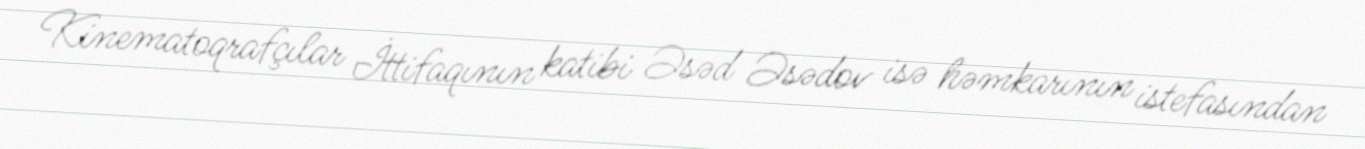
Kinematoqrafçılar İttifaqının katibi Əsəd Əsədov isə həmkarının istefasından